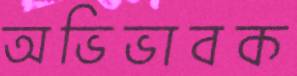
অভিভাবক